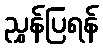
ညွှန်ပြရန်